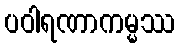
ပဝါရဏာကမ္မဿ